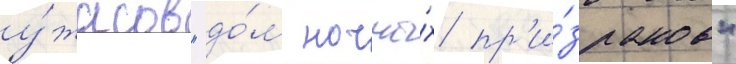
у́жасов "до́м ночны́х пр'и́зраков"